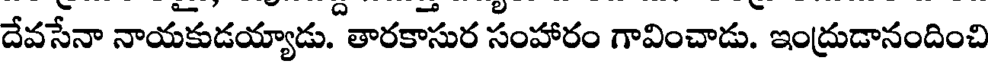
దేవసేనా నాయకుడయ్యాడు. తారకాసుర సంహారం గావించాడు. ఇంద్రుడానందించి